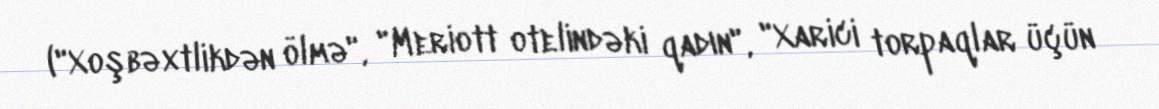
("Xoşbəxtlikdən ölmə", "Meriott otelindəki qadın", "Xarici torpaqlar üçün